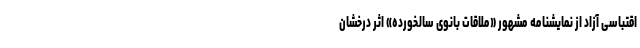
اقتباسی آزاد از نمایشنامه مشهور «ملاقات بانوی سالخورده» اثر درخشان